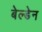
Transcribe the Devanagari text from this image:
बेल्डेन